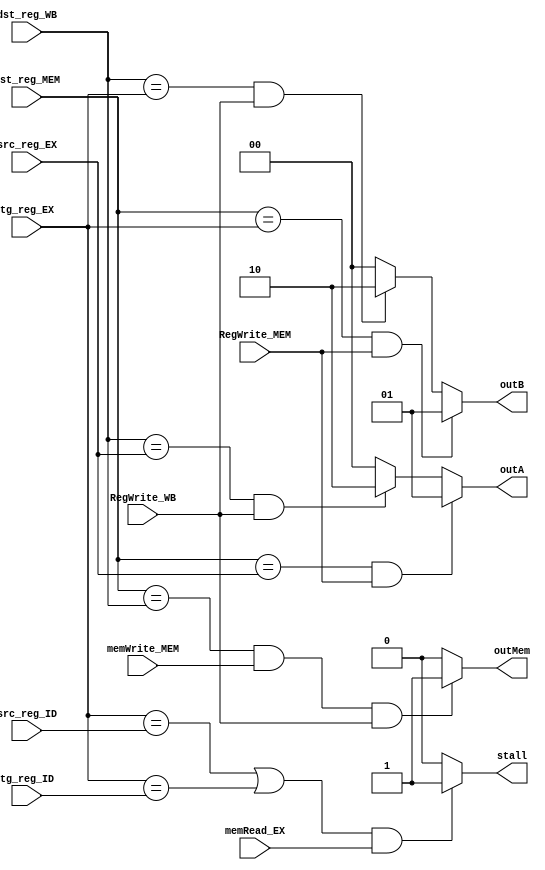
module Data_Hazard_Dectection(input[2:0] src_reg_ID, tg_reg_ID, src_reg_EX, tg_reg_EX, dst_reg_MEM, dst_reg_WB, input RegWrite_MEM, 
RegWrite_WB, memRead_EX, memWrite_MEM, output reg[1:0] outA, outB, output reg stall, outMem);

	initial begin
		stall <= 0;
		outA <= 0;
		outB <= 0;
		outMem <= 0;
	end
	always@(*)begin
		//
		//add $3, $4, $5
		//add $1, $3, $9
		//
		//
		//add $3, $4, $5
		//add $7, $2, $0
		//add $1, $3, $9
		//
		if(dst_reg_MEM == src_reg_EX & RegWrite_MEM)
			outA = 2'b01;
		else if(dst_reg_WB == src_reg_EX & RegWrite_WB)
			outA = 2'b10;
		else
			outA = 2'b00;

		//
		//add $3, $4, $5
		//add $1, $9, $3
		//	
		//
		//add $3, $4, $5
		//add $7, $2, $3
		//add $1, $9, $3
		//
		if(dst_reg_MEM == tg_reg_EX & RegWrite_MEM)
			outB = 2'b01;
		else if(dst_reg_WB == tg_reg_EX & RegWrite_WB)
			outB = 2'b10;
		else
			outB = 2'b00;
		
		//
		//lw $5, 0($3)
		//add $8, $5, $0
		//
		if(((tg_reg_EX == src_reg_ID) | (tg_reg_EX == tg_reg_ID)) & memRead_EX)
			stall = 1'b1;
		else
			stall = 1'b0;
		//
		//lw $7, 0($3)
		//sw $7, 0($2)
		//
		if(dst_reg_MEM == dst_reg_WB & memWrite_MEM & RegWrite_WB)
			outMem = 1'b1;
		else
			outMem = 1'b0;
	end
endmodule